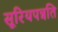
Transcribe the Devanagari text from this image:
सूरियपन्नति